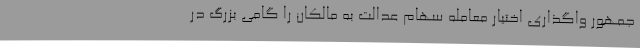
جمهور واگذاری اختیار معامله سهام عدالت به مالکان را گامی بزرگ در